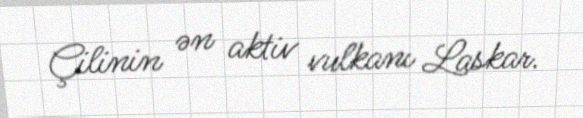
Çilinin ən aktiv vulkanı Laskar.